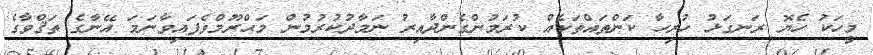
މީހަކު ހެޔޮ ރަނގަޅު ހުރިހާ ކަންތައްތަކެއް ކުރަމުންގެންދާއިރު ނަމާދުކުރުމުން މަޙްރޫމްވެފައިވާނަމަ އޭނާގެ ތަޤްވާގެ